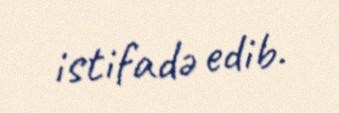
istifadə edib.